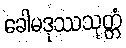
ခေါမဒုဿသုတ္တံ